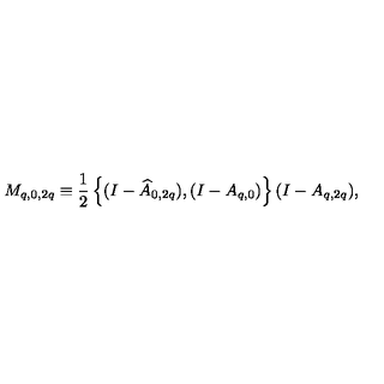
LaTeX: M _ { q , 0 , 2 q } \equiv \frac { 1 } { 2 } \left\{ ( I - \widehat { A } _ { 0 , 2 q } ) , ( I - A _ { q , 0 } ) \right\} ( I - A _ { q , 2 q } ) ,